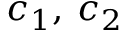
c _ { 1 } , \: c _ { 2 }